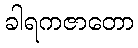
ခါရကဇာတော